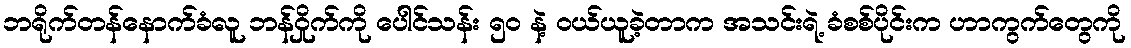
ဘရိုက်တန်နောက်ခံလူ ဘန်ဝှိုက်ကို ပေါင်သန်း ၅၀ နဲ့ ဝယ်ယူခဲ့တာက အသင်းရဲ့ ခံစစ်ပိုင်းက ဟာကွက်တွေကို